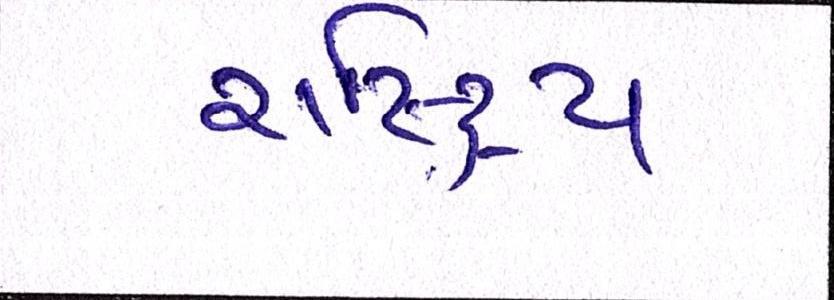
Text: રાષ્ટ્રિય